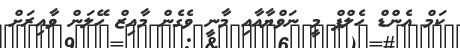
ކަަމް އެންޑް ހެލްޕް މީ ނަވްޔާއާއި މާނީ ވެގެން މާއިޒް ހޭލަން ވާއިރަށް